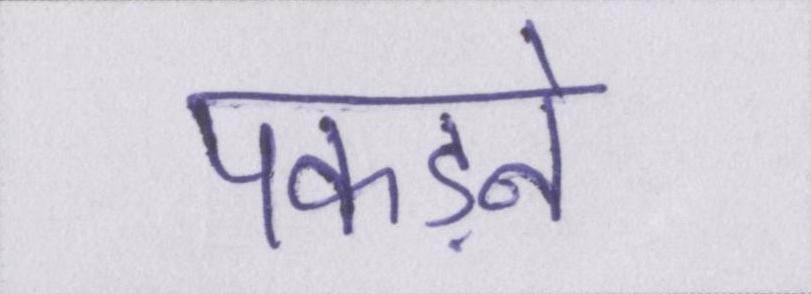
पकड़ने